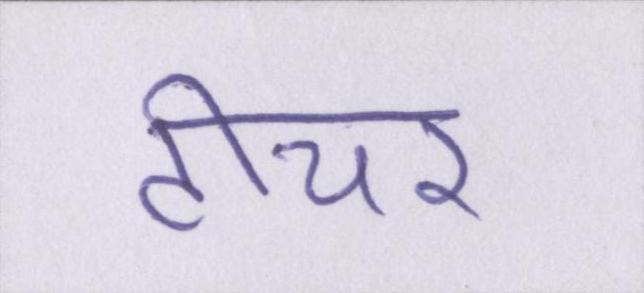
टीचर